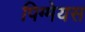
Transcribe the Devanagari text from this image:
पिग्मेयस